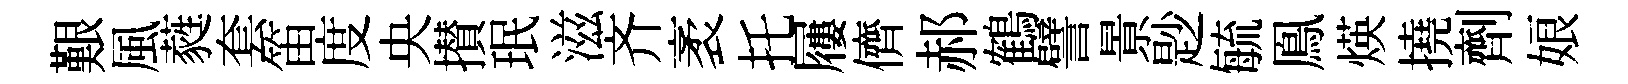
艱風蕤套笛度央攅珉滋齐袤托屨儕郝鶴譬㬌尟毓鳯煐撓劑娘